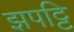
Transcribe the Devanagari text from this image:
झपट्टि